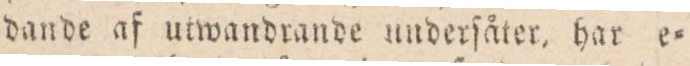
dande af utwandrande underſåter, har e=